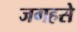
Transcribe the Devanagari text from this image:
जगहसे